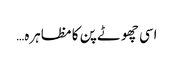
اسی چھوٹے پن کا مظاہرہ…